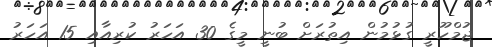
ޖުމްހޫރީ ގުޅުމުން އިތުރަށް ބުނީ މީގެ 30 އަހަރު ކުރިއާއި 15 އަހަރު